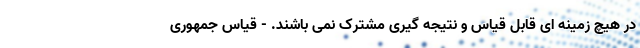
در هیچ زمینه ای قابل قیاس و نتیجه گیری مشترک نمی باشند. - قیاس جمهوری